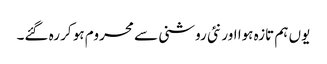
یوں ہم تازہ ہوا اور نئی روشنی سے محروم ہو کر رہ گئے۔